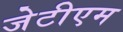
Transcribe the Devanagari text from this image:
जेटीएम